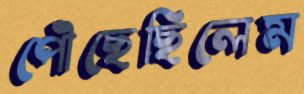
পৌঁছেছিলেম